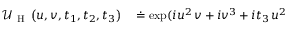
\begin{array} { r l } { \mathcal { U } _ { \mathrm { ~ H ~ } } \left( u , v , t _ { 1 } , t _ { 2 } , t _ { 3 } \right) } & { { } \doteq \exp ( i u ^ { 2 } \, v + i v ^ { 3 } + i t _ { 3 } \, u ^ { 2 } } \end{array}